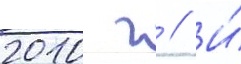
2010 г // И́